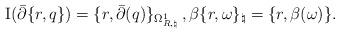
LaTeX: \begin{align*} \mathrm{I} ( \bar{\partial} \{ r, q \} ) = \{r, \bar{\partial}(q)\}_{\Omega^1_{R,\natural}}\, , \beta \{r,\omega\}_{\natural}= \{r,\beta(\omega)\}.\end{align*}